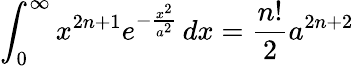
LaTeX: \int_{0}^{\infty}x^{2n+1}e^{-{\frac{x^{2}}{a^{2}}}}\, dx={\frac{n!}{2}}a^{2n+2}